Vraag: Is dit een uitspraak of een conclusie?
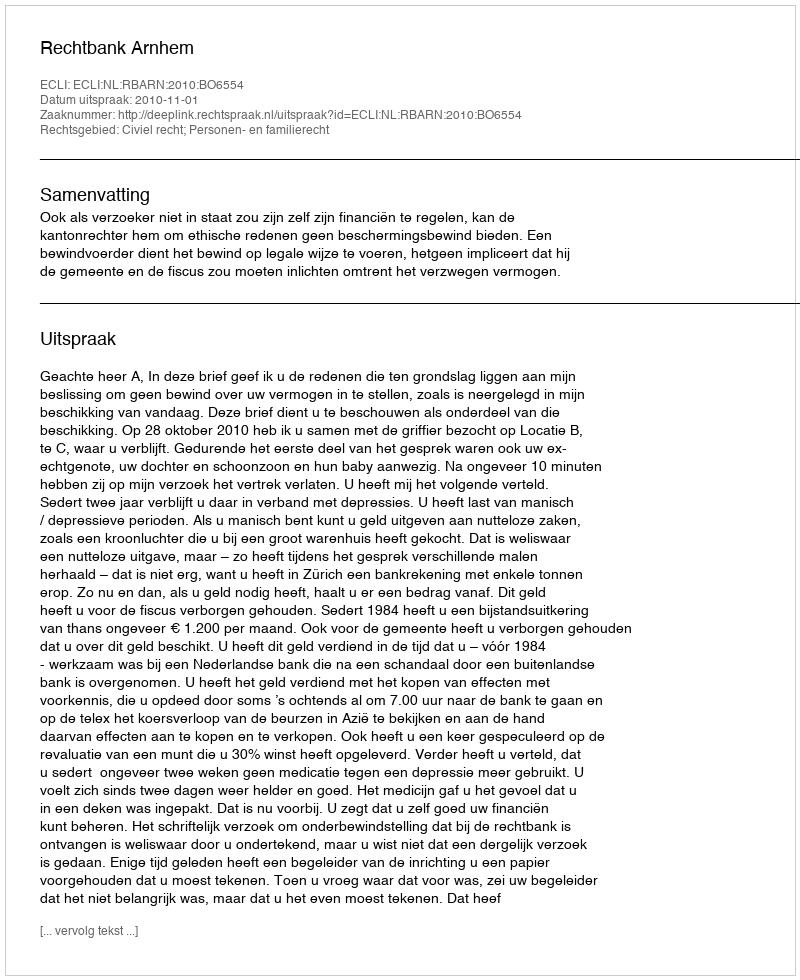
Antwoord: Uitspraak